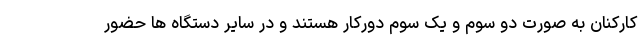
کارکنان به صورت دو سوم و یک سوم دورکار هستند و در سایر دستگاه ها حضور